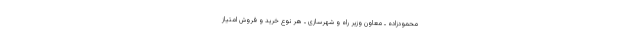
محمودزاده ـ معاون وزیر راه و شهرسازی ـ هر نوع خرید و فروش امتیاز